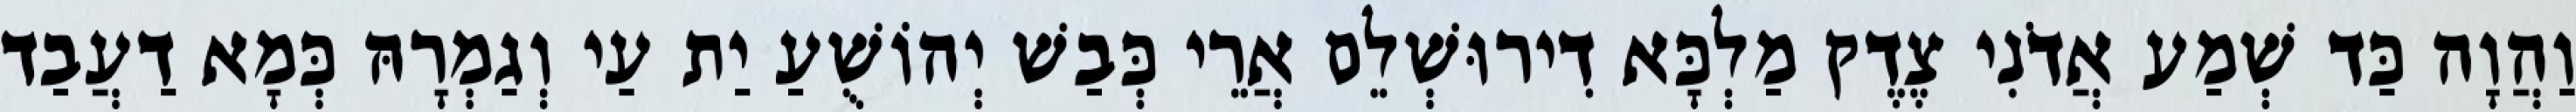
וַהֲוָה כַּד שְׁמַע אֲדֹנִי צֶדֶק מַלְכָּא דִירוּשְׁלֵם אֲרֵי כְּבַשׁ יְהוֹשֻׁעַ יַת עַי וְגַמְרָהּ כְּמָא דַעֲבַד